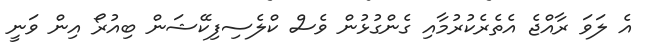
އެ ލަވަ ރާއްޖެ އެތެރެކުރުމާއި ގެންގުޅުން ވެސް ކްލެސިފިކޭޝަން ބިއުރޯ އިން ވަނީ